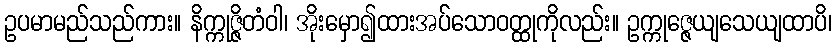
ဥပမာမည်သည်ကား။ နိက္ကုဇ္ဇိတံဝါ၊ အိုးမှော၍ထားအပ်သောဝတ္ထုကိုလည်း။ ဥက္ကုဇ္ဇေယျသေယျထာပိ၊